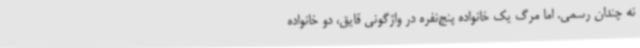
نه چندان رسمی. اما مرگ یک خانواده پنج‌نفره در واژگونی قایق، دو خانواده